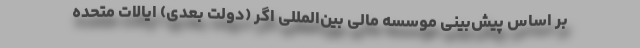
بر اساس پیش‌بینی موسسه مالی بین‌المللی اگر (دولت بعدی) ایالات متحده